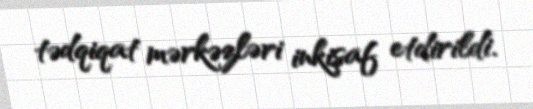
tədqiqat mərkəzləri inkişaf etdirildi.